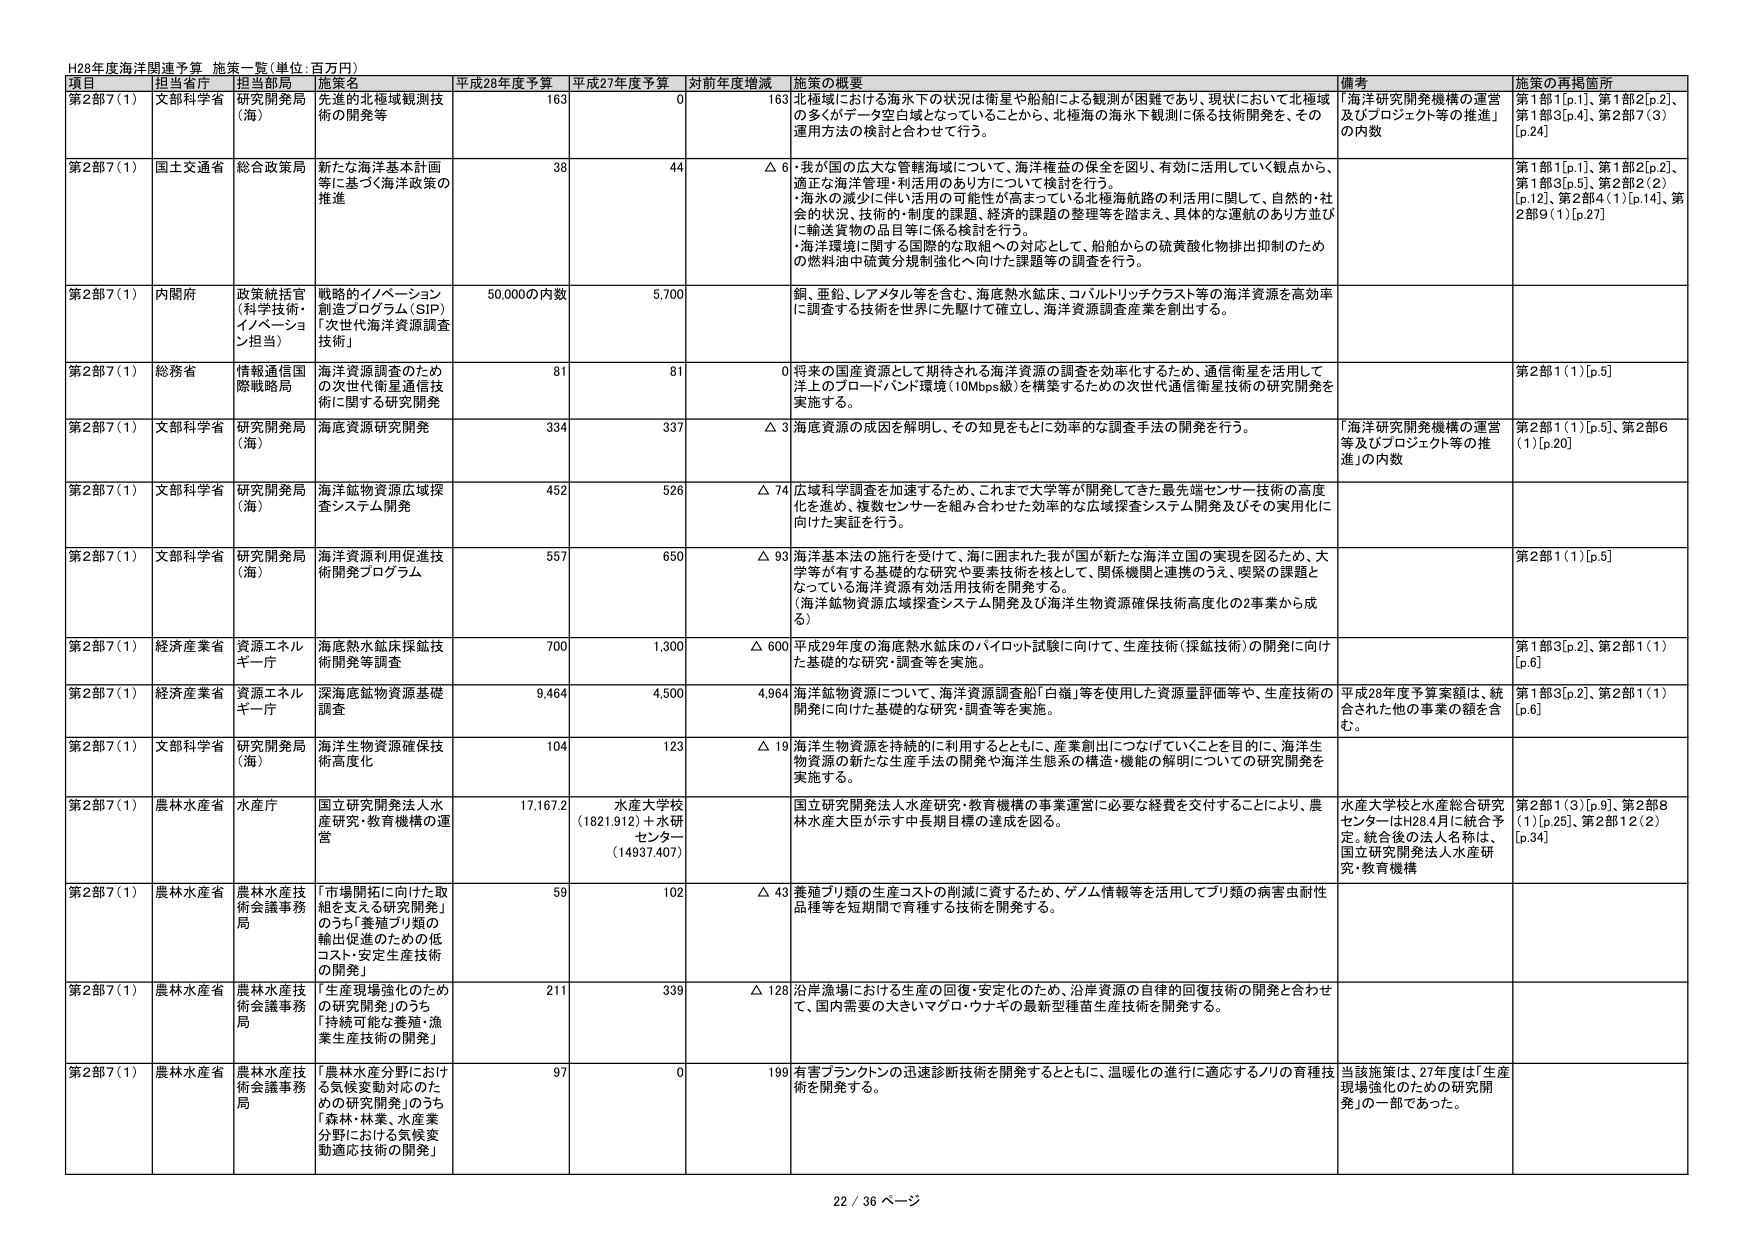
H28年度海洋関連予算 施策一覧（単位：百万円）

項目 担当省庁 担当局 施策名 平成28年度予算 平成27年度予算 対前年度増減 施策の概要 備考 施策の再掲箇所

第2部7（1） 文部科学省 研究開発局 （海） 先進的な北極域観測技術の開発等 163 0 163 北極域における海氷下の状況は衛星や船舶による観測が困難であり、現状において北極域の多くがデータ空白域となっていることから、北極海の海氷下観測に係る技術開発を、その運用方法の検討と合わせて行う。 「海洋研究開発機構の運営及びプロジェクト等の推進」の内数 第1部1[p.1]、第1部2[p.2]、第1部3[p.4]、第2部7（3）[p.24]

第2部7（1） 国土交通省 総合政策局 新たな海洋基本計画等に基づく海洋政策の推進 38 44 △ 6 ・我が国の広大な管轄海域について、海洋権益の保全を図り、有効に活用していく観点から、適正な海洋管理・利活用のあり方について検討を行う。 ・海氷の減少に伴い活用の可能性が高まっている北極海航路の利活用に関して、自然的・社会的状況、技術的・制度的課題、経済的課題の整理等を踏まえ、具体的な運航のあり方並びに輸送貨物の品目等に係る検討を行う。 ・海洋環境に関する国際的な取組への対応として、船舶からの硫黄酸化物排出抑制のための燃料油中硫黄分規制強化へ向けた課題等の調査を行う。 第1部1[p.1]、第1部2[p.2]、第1部3[p.5]、第2部2（2）[p.12]、第2部4（1）[p.14]、第2部9（1）[p.27]

第2部7（1） 内閣府 政策統括官（科学技術・イノベーション担当） 戦略的イノベーション創造プログラム（SIP）「次世代海洋資源調査技術」 50,000の内数 5,700 銅、亜鉛、レアメタル等を含む、海底熱水鉱床、コバルトリッチクラスト等の海洋資源を高効率に調査する技術を世界に先駆けて確立し、海洋資源調査産業を創出する。

第2部7（1） 総務省 情報通信国際戦略局 海洋資源調査のための次世代衛星通信技術に関する研究開発 81 81 0 将来の国産資源として期待される海洋資源の調査を効率化するため、通信衛星を活用して洋上のプロードバンド環境（10Mbps級）を構築するための次世代通信衛星技術の研究開発を実施する。 第2部1（1）[p.5]

第2部7（1） 文部科学省 研究開発局（海） 海底資源研究開発 334 337 △ 3 海底資源の成因を解明し、その知見をもとに効率的な調査手法の開発を行う。 「海洋研究開発機構の運営等及びプロジェクト等の推進」の内数 第2部1（1）[p.5]、第2部6（1）[p.20]

第2部7（1） 文部科学省 研究開発局（海） 海洋鉱物資源広域探査システム開発 452 526 △ 74 広域科学調査を加速するため、これまで大学等が開発してきた最先端センサー技術の高度化を進め、複数センサーを組み合わせた効率的な広域探査システム開発及びその実用化に向けた実証を行う。

第2部7（1） 文部科学省 研究開発局（海） 海洋資源利用促進技術開発プログラム 557 650 △ 93 海洋基本法の施行を受けて、海に囲まれた我が国が新たな海洋立国の実現を図るため、大学等が有する基礎的な研究や要素技術を核として、関係機関と連携のうえ、喫緊の課題となっている海洋資源有効活用技術を開発する。 （海洋鉱物資源広域探査システム開発及び海洋生物資源確保技術高度化の2事業から成る） 第2部1（1）[p.5]

第2部7（1） 経済産業省 資源エネルギー庁 海底熱水鉱床探鉱技術開発等調査 700 1,300 △ 600 平成29年度の海底熱水鉱床のパイロット試験に向けて、生産技術（探鉱技術）の開発に向けた基礎的な研究・調査等を実施。 第1部3[p.2]、第2部1（1）[p.6]

第2部7（1） 経済産業省 資源エネルギー庁 深海底鉱物資源基礎調査 9,464 4,500 4,964 海洋鉱物資源について、海洋資源調査船「白嶺」等を使用した資源量評価等や、生産技術の開発に向けた基礎的な研究・調査等を実施。 平成28年度予算案額は、統合された他の事業の額を含む。 第1部3[p.2]、第2部1（1）[p.6]

第2部7（1） 文部科学省 研究開発局（海） 海洋生物資源確保技術高度化 104 123 △ 19 海洋生物資源を持続的に利用するとともに、産業創出につなげていくことを目的に、海洋生物資源の新たな生産手法の開発や海洋生態系の構造・機能の解明についての研究開発を実施する。

第2部7（1） 農林水産省 水産庁 国立研究開発法人水産研究・教育機構の運営 17,167.2 水産大学校（1821.912）＋水研センター（14937.407） 国立研究開発法人水産研究・教育機構の事業運営に必要な経費を交付することにより、農林水産大臣が示す中長期目標の達成を図る。 水産大学校と水産総合研究センターはH28.4月に統合予定。統合後の法人名称は、国立研究開発法人水産研究・教育機構 第2部1（3）[p.9]、第2部8（1）[p.25]、第2部12（2）[p.34]

第2部7（1） 農林水産省 農林水産技術会議事務局 「市場開拓に向けた取組を支える研究開発」のうち「養殖フリ類の輸出促進のための低コスト・安定生産技術の開発」 59 102 △ 43 養殖フリ類の生産コストの削減に資するため、ゲノム情報等を活用してフリ類の病害虫耐性品種等を短期間で育種する技術を開発する。

第2部7（1） 農林水産省 農林水産技術会議事務局 「生産現場強化のための研究開発」のうち「持続可能な養殖・漁業生産技術の開発」 211 339 △ 128 沿岸漁場における生産の回復・安定化のため、沿岸資源の自律的回復技術の開発と合わせて、国内需要の大きいマグロ・ウナギの最新型種苗生産技術を開発する。

第2部7（1） 農林水産省 農林水産技術会議事務局 「農林水産分野における気候変動対応のための研究開発」のうち「森林・林業、水産業分野における気候変動適応技術の開発」 97 0 199 有害プランクトンの迅速診断技術を開発するとともに、温暖化の進行に適応するノリの育種技術を開発する。 当該施策は、27年度は「生産現場強化のための研究開発」の一部であった。

22 / 36 ページ